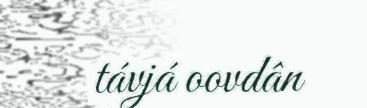
távjá oovdân